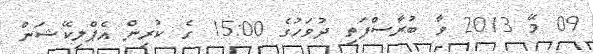
09 މޭ 2013 ވާ ބުރާސްފަތި ދުވަހުގެ 15:00 ގެ ކުރިން އެޕްލިކޭޝަން